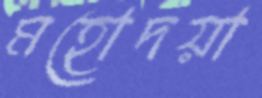
মহোদয়া